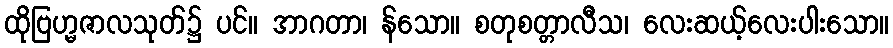
ထိုဗြဟ္မဇာလသုတ်၌ ပင်။ အာဂတာ၊ န်သော။ စတုစတ္တာလီသ၊ လေးဆယ့်လေးပါးသော။